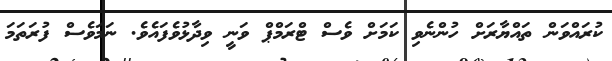
ކުރައްވަން ތައްޔާރަށް ހުންނެވި ކަމަށް ވެސް ޓްރަމްޕް ވަނީ ވިދާޅުވެފައެވެ. ނަމަވެސް ފުރަތަމަ